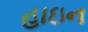
હાઇન